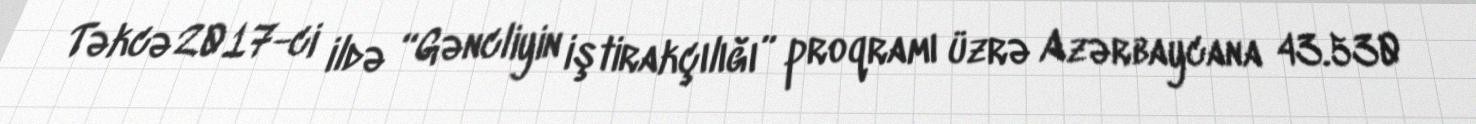
Təkcə 2017-ci ildə “Gəncliyin iştirakçılığı” proqramı üzrə Azərbaycana 43.530